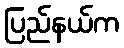
ပြည်နယ်က